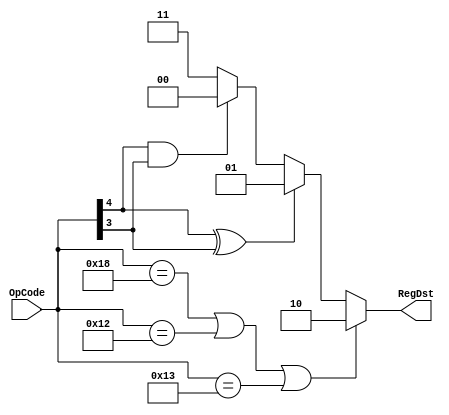

module RegDstMod (OpCode, RegDst);

input [4:0]	OpCode;
output [1:0]	RegDst;

assign	RegDst = ((OpCode == 5'b11000) | (OpCode == 5'b10010) | (OpCode == 5'b10011)) ? 2'b10 :
	(OpCode[4] ^ OpCode[3]) ? 2'b01 :
	(OpCode[4] & OpCode[3]) ? 2'b00 : 2'b11;

endmodule